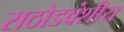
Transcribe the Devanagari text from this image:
राठोडवंशीय